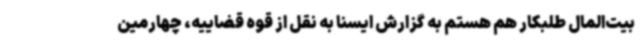
بیت‌المال طلبکار هم هستم به گزارش ایسنا به نقل از قوه قضاییه، چهارمین